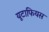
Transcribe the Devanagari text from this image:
यूटाफियस